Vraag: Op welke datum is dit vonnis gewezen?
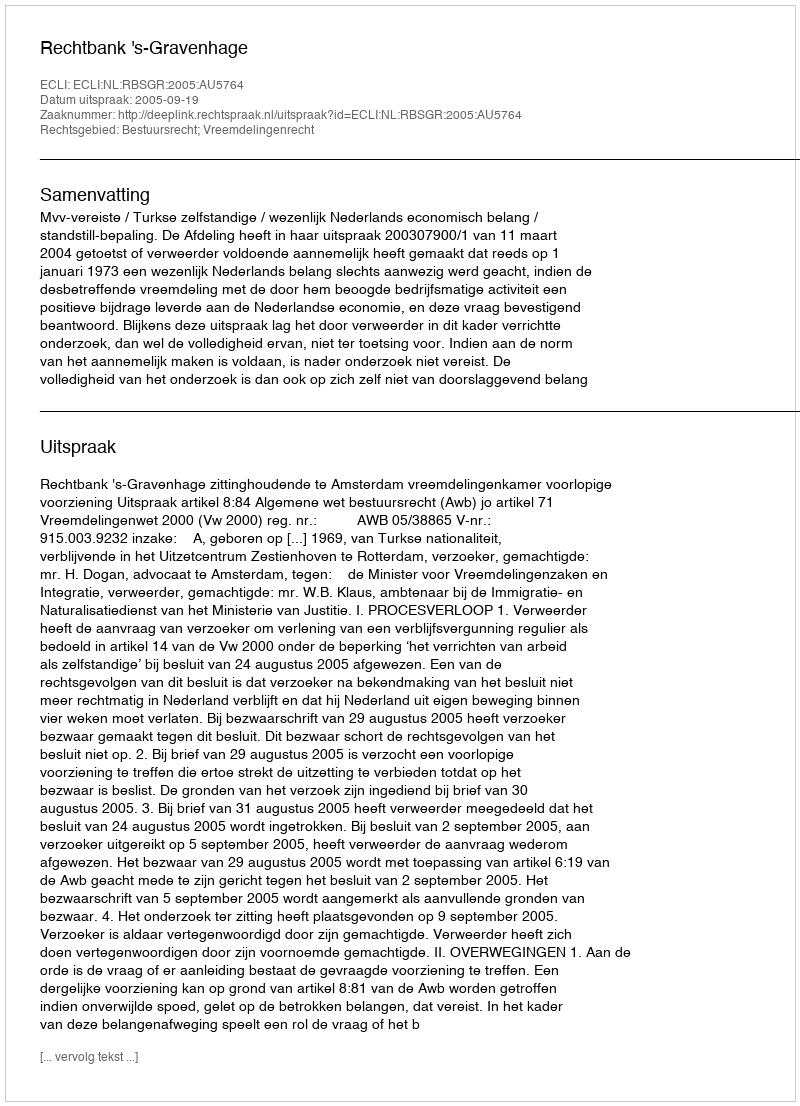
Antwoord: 2005-09-19